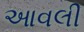
આવલી